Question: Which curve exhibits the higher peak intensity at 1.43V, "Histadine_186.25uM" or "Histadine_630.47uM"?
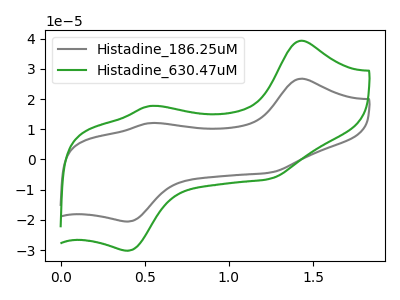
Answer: <think>The gray curve "Histadine_186.25uM" has anodic peaks at (1.45V, 26.75uA) (0.55V, 12.05uA) and cathodic peaks at (1.25V, -4.35uA) (0.40V, -20.55uA). The green curve "Histadine_630.47uM" has anodic peaks at (1.45V, 39.30uA) (0.55V, 17.70uA) and cathodic peaks at (1.25V, -6.45uA) (0.40V, -30.20uA).</think>
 <answer>The peak at 1.43V is lower in "Histadine_186.25uM" than in "Histadine_630.47uM".</answer>
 <eval>lower</eval>